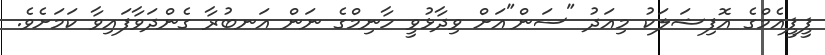
ޕީޕީއެމްގެ އޮފިޝަލަކު މިއަދު "ސަން"އަށް ވިދާޅުވީ ހާނިމްގެ ނަން އަނބުރާ ގެންދަވާފައިވާ ކަމަށެވެ.